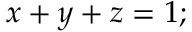
x + y + z = 1 ; \,